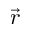
\vec { r }